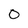
Character: 0